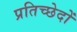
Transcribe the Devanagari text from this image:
प्रतिच्छेदों